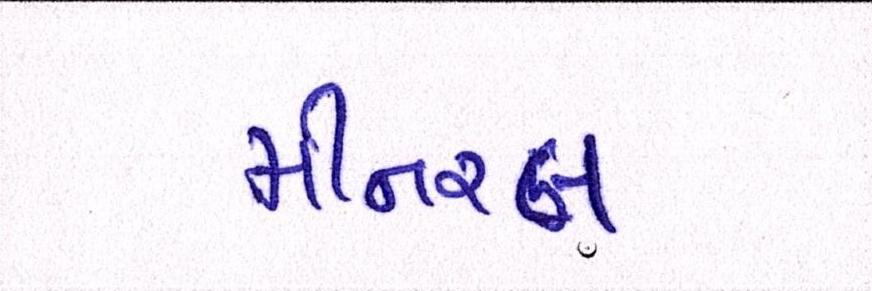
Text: મીનરલ